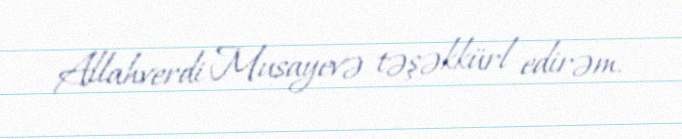
Allahverdi Musayevə təşəkkürl edirəm.